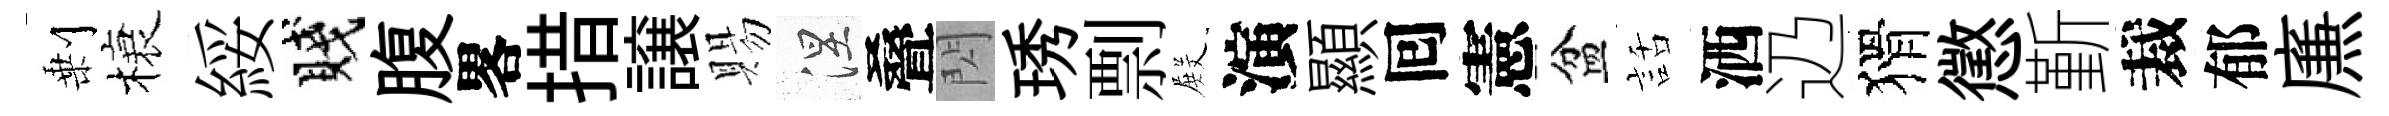
剰榱綏賤腹畧措譲賜涅叠閃琇剽𭮺演顯囘憲盆話洒辸猾懲斳裁郁㢘